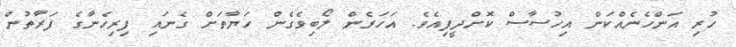
ހުރި އަންހެނެއްކަން އިހުސާސް ކޮށްދީފިއެވެ. އަހަރެން ލޯބިވެގެން ހަޔާތަށް ގެނައި ފިރިހެނާގެ ފަރާތުން